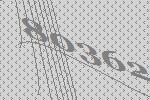
80362